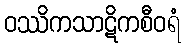
ဝဿိကသာဋိကစီဝရံ